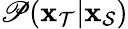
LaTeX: \mathscr{P}(\mathbf{{\boldsymbol{x}}}_{\mathcal{{T}}}|\mathbf{{\boldsymbol{x}}}_{\mathcal{{S}}})